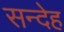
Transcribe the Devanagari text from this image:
सन्‍देह